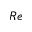
R e